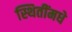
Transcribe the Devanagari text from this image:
स्थितींमधे